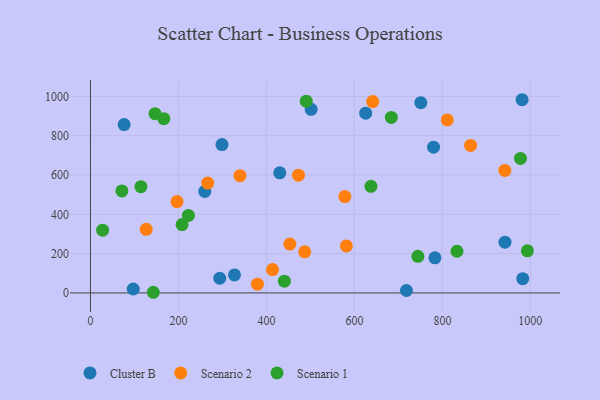
{"axis": {"x": "Speed", "y": "Demand"}, "legend": ["Cluster B", "Scenario 1", "Scenario 2"], "data": [{"x": "501.7", "y": 934.3, "type": "Cluster B"}, {"x": "981.2", "y": 983.2, "type": "Cluster B"}, {"x": "76.6", "y": 856.6, "type": "Cluster B"}, {"x": "982.7", "y": 72.4, "type": "Cluster B"}, {"x": "625.7", "y": 914.7, "type": "Cluster B"}, {"x": "779.9", "y": 741.5, "type": "Cluster B"}, {"x": "327.4", "y": 91.4, "type": "Cluster B"}, {"x": "259.9", "y": 516.7, "type": "Cluster B"}, {"x": "299.0", "y": 754.8, "type": "Cluster B"}, {"x": "751.0", "y": 968.1, "type": "Cluster B"}, {"x": "430.4", "y": 611.2, "type": "Cluster B"}, {"x": "942.3", "y": 258.2, "type": "Cluster B"}, {"x": "97.3", "y": 20.0, "type": "Cluster B"}, {"x": "783.1", "y": 178.8, "type": "Cluster B"}, {"x": "293.9", "y": 74.6, "type": "Cluster B"}, {"x": "718.3", "y": 12.4, "type": "Cluster B"}, {"x": "581.8", "y": 239.0, "type": "Scenario 2"}, {"x": "811.2", "y": 880.5, "type": "Scenario 2"}, {"x": "864.1", "y": 750.8, "type": "Scenario 2"}, {"x": "379.7", "y": 44.3, "type": "Scenario 2"}, {"x": "578.3", "y": 490.5, "type": "Scenario 2"}, {"x": "413.9", "y": 119.0, "type": "Scenario 2"}, {"x": "266.6", "y": 558.8, "type": "Scenario 2"}, {"x": "472.9", "y": 599.2, "type": "Scenario 2"}, {"x": "453.4", "y": 248.5, "type": "Scenario 2"}, {"x": "942.0", "y": 623.6, "type": "Scenario 2"}, {"x": "641.5", "y": 974.0, "type": "Scenario 2"}, {"x": "339.9", "y": 596.7, "type": "Scenario 2"}, {"x": "126.8", "y": 323.9, "type": "Scenario 2"}, {"x": "487.0", "y": 209.3, "type": "Scenario 2"}, {"x": "196.8", "y": 465.0, "type": "Scenario 2"}, {"x": "993.2", "y": 214.3, "type": "Scenario 1"}, {"x": "146.9", "y": 912.3, "type": "Scenario 1"}, {"x": "833.1", "y": 212.1, "type": "Scenario 1"}, {"x": "490.6", "y": 975.7, "type": "Scenario 1"}, {"x": "114.7", "y": 540.6, "type": "Scenario 1"}, {"x": "637.7", "y": 542.6, "type": "Scenario 1"}, {"x": "166.8", "y": 886.7, "type": "Scenario 1"}, {"x": "142.9", "y": 3.3, "type": "Scenario 1"}, {"x": "744.3", "y": 186.0, "type": "Scenario 1"}, {"x": "27.7", "y": 319.2, "type": "Scenario 1"}, {"x": "440.9", "y": 60.0, "type": "Scenario 1"}, {"x": "977.5", "y": 684.3, "type": "Scenario 1"}, {"x": "222.7", "y": 394.5, "type": "Scenario 1"}, {"x": "71.5", "y": 518.9, "type": "Scenario 1"}, {"x": "683.9", "y": 893.0, "type": "Scenario 1"}, {"x": "208.3", "y": 347.6, "type": "Scenario 1"}]}